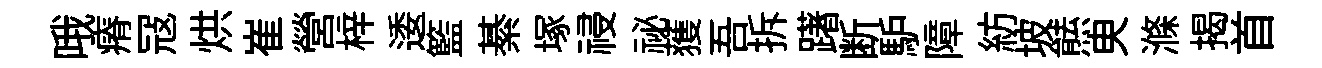
哦瘠冦烘崔營梓逶籃綦塚祲祕𫉬吾拆躇断馿障紡坡㷱㬰滌揭首